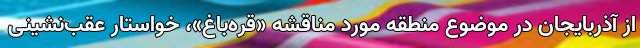
از آذربایجان در موضوع منطقه مورد مناقشه «قره‌باغ»، خواستار عقب‌نشینی